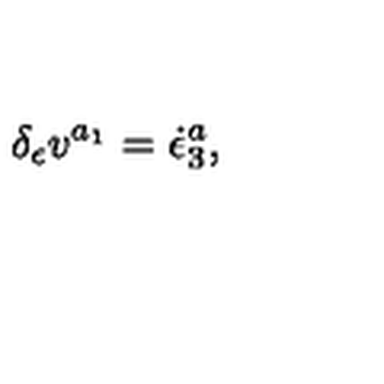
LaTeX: \delta _ { \epsilon } v ^ { a _ { 1 } } = \dot { \epsilon } _ { 3 } ^ { a } ,